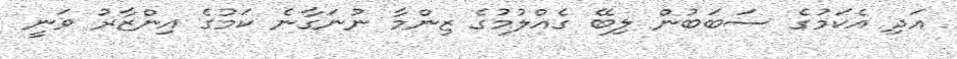
އަދި އެކަމުގެ ސަބަބުން ލިބޭ ގެއްލުމުގެ ޒިންމާ ނުނަގާނެ ކަމުގެ އިންޒާރު ވަނީ